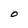
Character: O